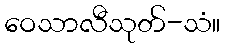
ဝေသာလီသုတ်-သံ။